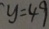
y = 4 9